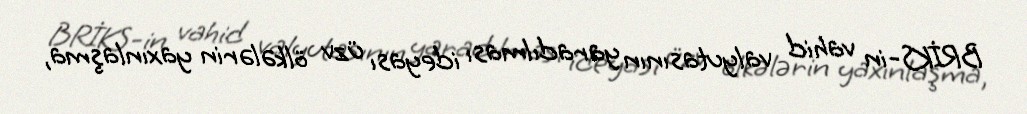
BRİKS-in vahid valyutasının yaradılması ideyası üzv ölkələrin yaxınlaşma,